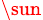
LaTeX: _\sun